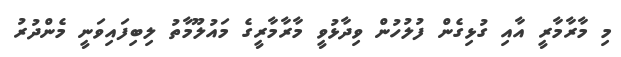
މި މާރާމާރީ އާއި ގުޅިގެން ފުލުހުން ވިދާޅުވީ މާރާމާރީގެ މައުލޫމާތު ލިބިފައިވަނީ މެންދުރު